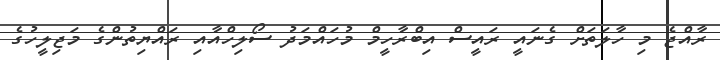
ރާއްޖެ މި ހާލަތަށް ގެނައީ ރައީސް އިބްރާހީމް މުހައްމަދު ސޯލިހްއާއި ރައްޔިތުންގެ މަޖިލީހުގެ